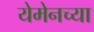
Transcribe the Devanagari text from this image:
येमेनच्या